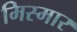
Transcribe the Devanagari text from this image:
मिस्मार